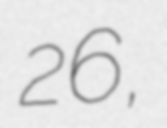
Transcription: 26,